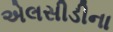
એલસીડીના